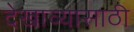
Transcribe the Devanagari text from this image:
देखाव्यासाठी